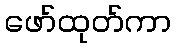
ဖော်ထုတ်ကာ